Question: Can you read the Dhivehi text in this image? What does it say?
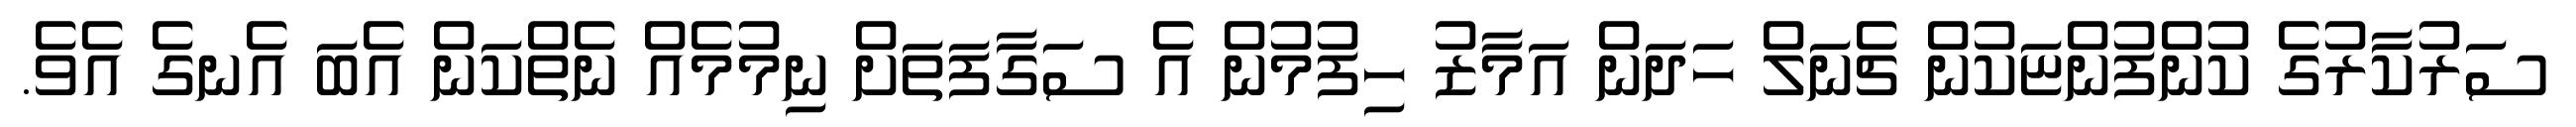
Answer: ސަރުކާރުގެ ކުންފުންޏަކުން ޗެނަލް ހަދަން އަމާޒު ހިފުމުން އެ ސަގާފަތަށް ނިމުމެއް ނެތްކަން އެބަ އެނގެ އެވެ.